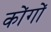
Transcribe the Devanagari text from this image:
कोंगों